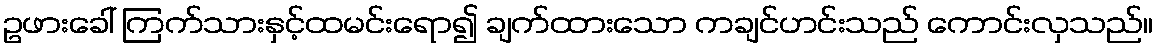
ဥဖားခေါ် ကြက်သားနှင့်ထမင်းရော၍ ချက်ထားသော ကချင်ဟင်းသည် ကောင်းလှသည်။